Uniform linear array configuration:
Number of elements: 8
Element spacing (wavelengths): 0.25
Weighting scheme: exponential
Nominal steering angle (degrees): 0
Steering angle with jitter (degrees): -0.0363
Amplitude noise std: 0.05
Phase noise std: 0.05

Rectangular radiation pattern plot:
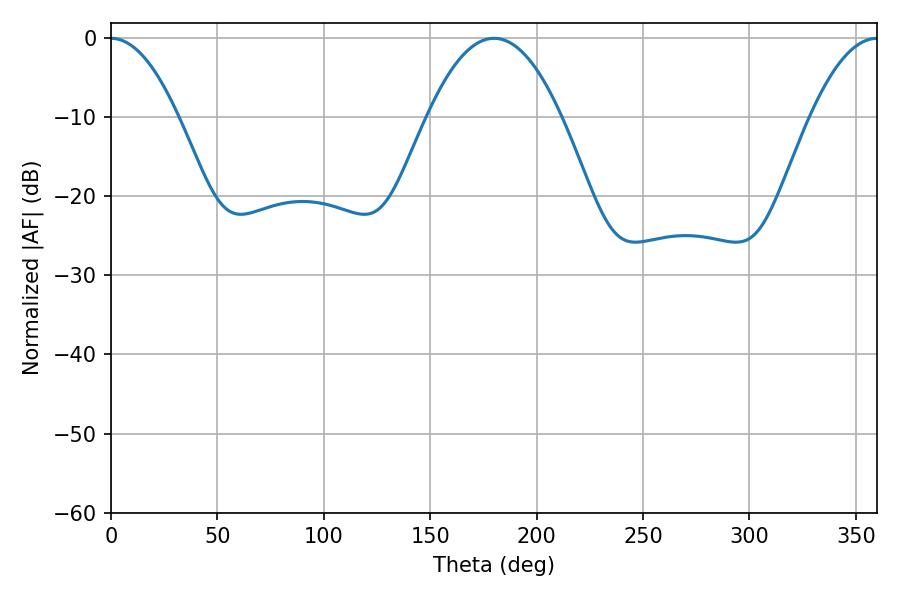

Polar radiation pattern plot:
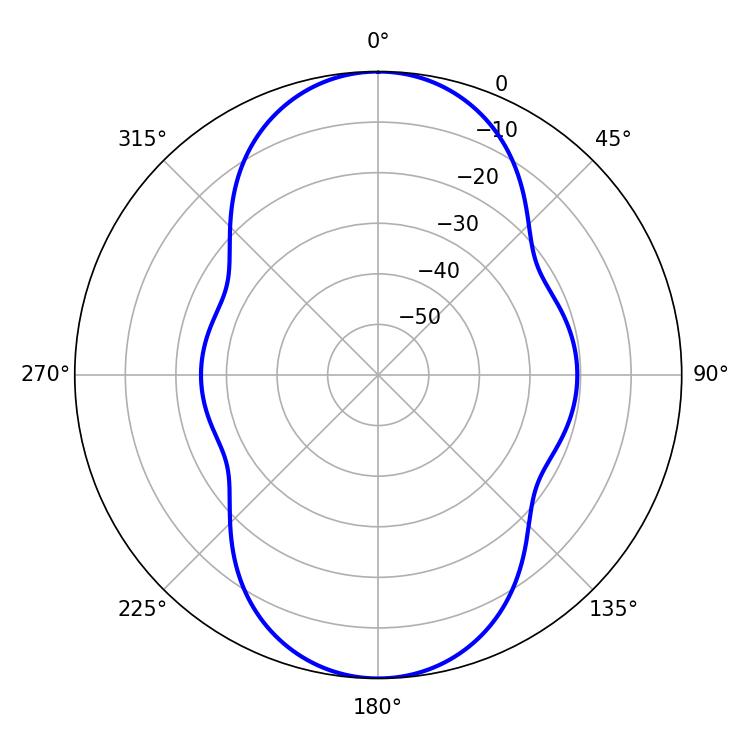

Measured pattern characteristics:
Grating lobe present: FALSE
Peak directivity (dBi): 25.165
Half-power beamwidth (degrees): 17.28
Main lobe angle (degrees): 0